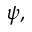
\psi ,